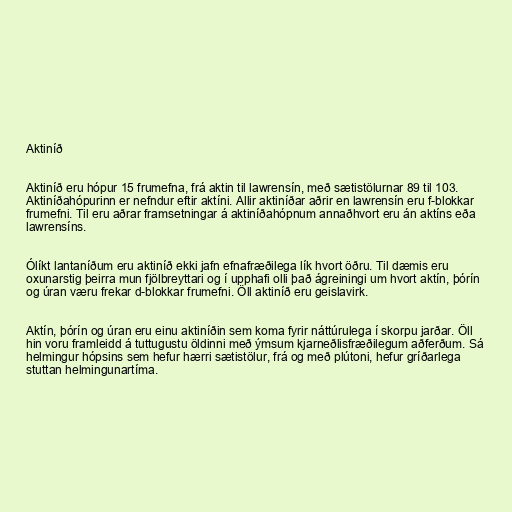
Aktiníð

Aktiníð eru hópur 15 frumefna, frá aktin til lawrensín, með sætistölurnar 89 til 103.
Aktiníðahópurinn er nefndur eftir aktíni. Allir aktiníðar aðrir en lawrensín eru f-blokkar
frumefni. Til eru aðrar framsetningar á aktiníðahópnum annaðhvort eru án aktíns eða
lawrensíns.

Ólíkt lantaníðum eru aktiníð ekki jafn efnafræðilega lík hvort öðru. Til dæmis eru
oxunarstig þeirra mun fjölbreyttari og í upphafi olli það ágreiningi um hvort aktín, þórín
og úran væru frekar d-blokkar frumefni. Öll aktiníð eru geislavirk.

Aktín, þórín og úran eru einu aktiníðin sem koma fyrir náttúrulega í skorpu jarðar. Öll
hin voru framleidd á tuttugustu öldinni með ýmsum kjarneðlisfræðilegum aðferðum. Sá
helmingur hópsins sem hefur hærri sætistölur, frá og með plútoni, hefur gríðarlega
stuttan helmingunartíma.